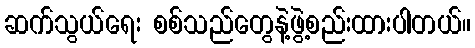
ဆက်သွယ်ရေး စစ်သည်တွေနဲ့ဖွဲ့စည်းထားပါတယ်။